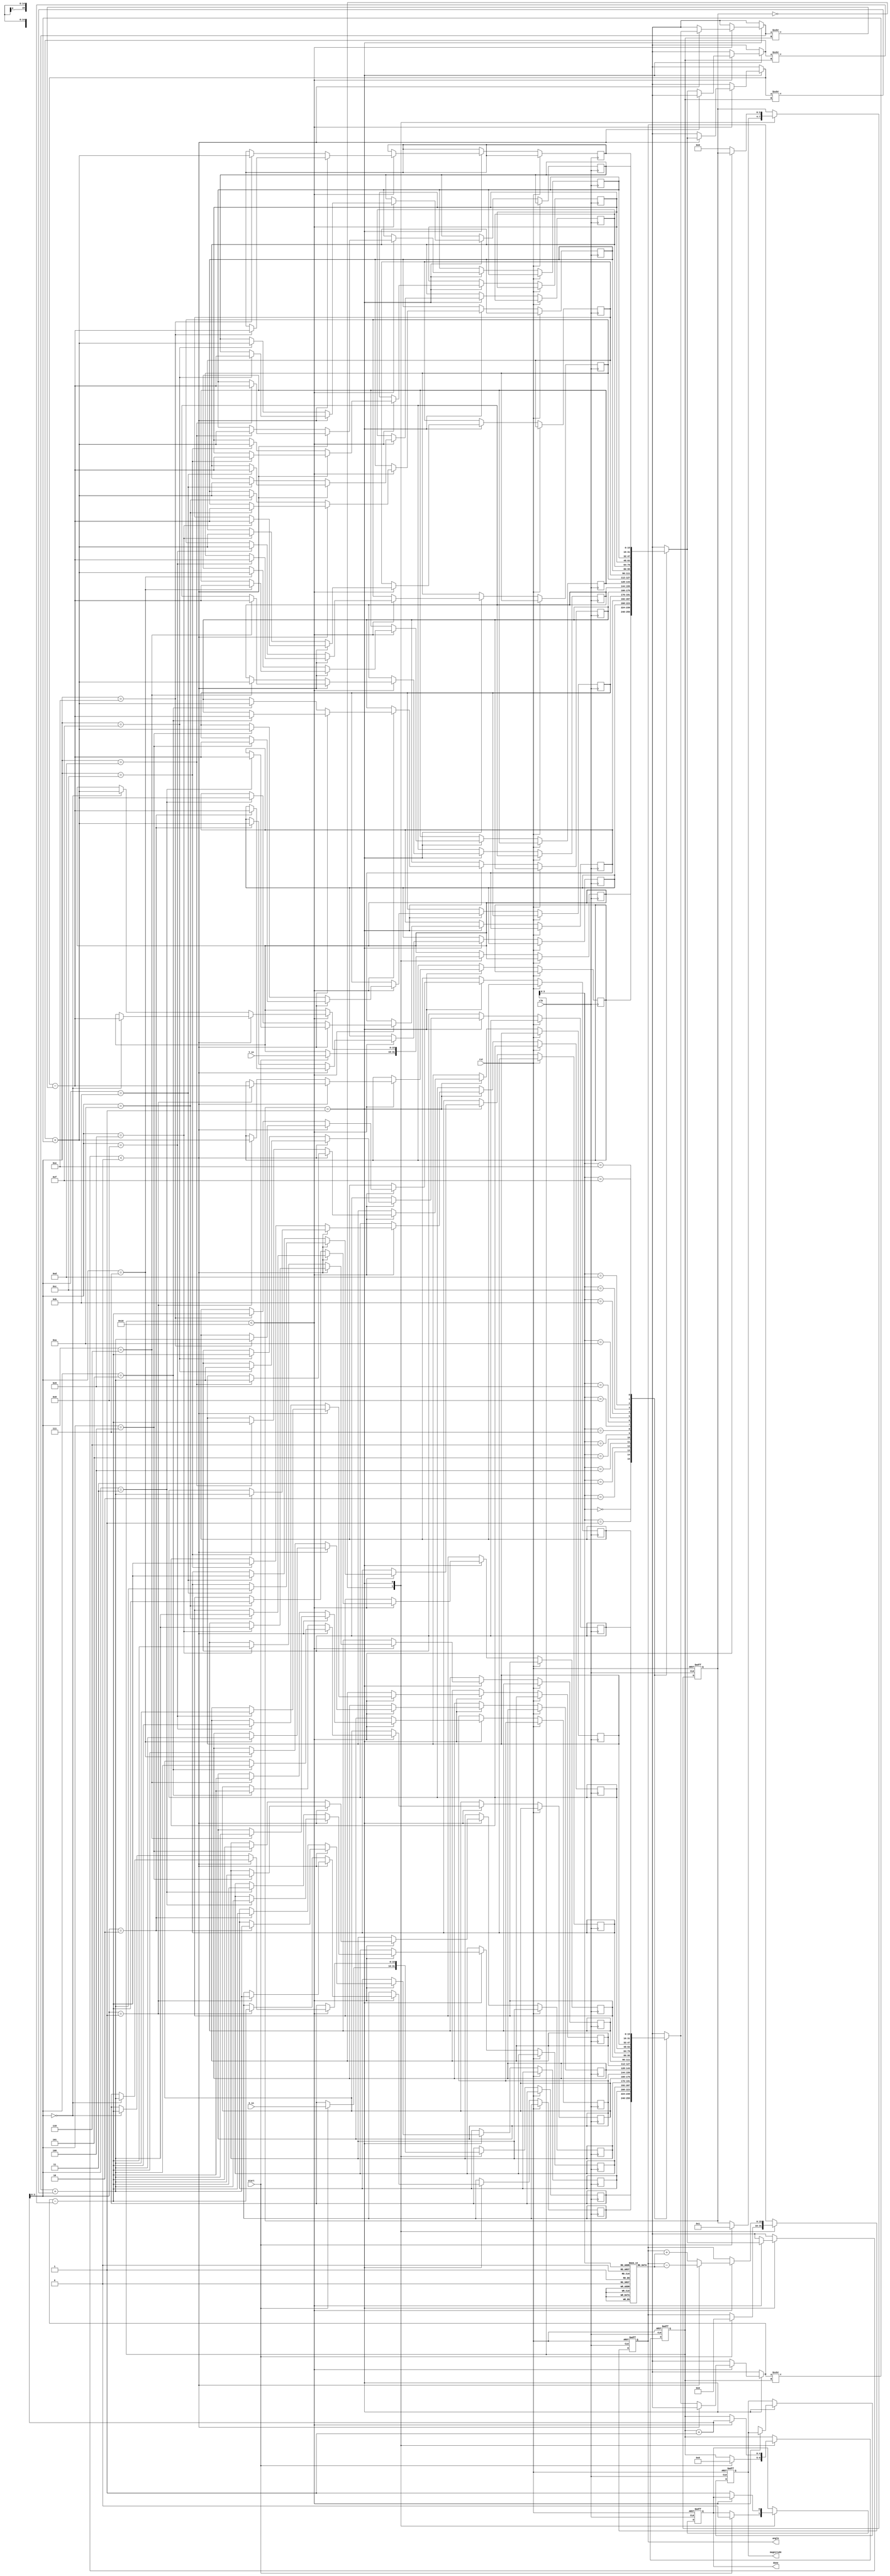
module vectoring_cordic #(
    parameter N = 16  // Number of iterations (can be adjusted)
)(
    input wire clk,
    input wire rst,
    input wire start,
    input wire signed [N-1:0] X_in,   // Input X
    input wire signed [N-1:0] Y_in,   // Input Y
    output reg signed [N-1:0] angle,   // Output angle
    output reg signed [N-1:0] magnitude,// Output magnitude
    output reg done                   // Computation done signal
);

    // CORDIC gain factor (approximate for N iterations)
    localparam [N-1:0] K = 16'hBB8C; // Gain factor (approximate for 16 iterations)
  
    reg signed [N-1:0] X [0:N-1];
    reg signed [N-1:0] Y [0:N-1];
    reg signed [N-1:0] angle_table [0:N-1];

    integer i;
    reg [3:0] state;     // State machine for control
    reg [4:0] iteration;  // Current iteration counter

    // Initialize the angle table with arctan values
    initial begin
        angle_table[0] = 16'h2000; // arctan(2^-0)
        angle_table[1] = 16'h1000; // arctan(2^-1)
        angle_table[2] = 16'h0800; // arctan(2^-2)
        angle_table[3] = 16'h0400; // arctan(2^-3)
        angle_table[4] = 16'h0200; // arctan(2^-4)
        angle_table[5] = 16'h0100; // arctan(2^-5)
        angle_table[6] = 16'h0080; // arctan(2^-6)
        angle_table[7] = 16'h0040; // arctan(2^-7)
        angle_table[8] = 16'h0020; // arctan(2^-8)
        angle_table[9] = 16'h0010; // arctan(2^-9)
        angle_table[10] = 16'h0008; // arctan(2^-10)
        angle_table[11] = 16'h0004; // arctan(2^-11)
        angle_table[12] = 16'h0002; // arctan(2^-12)
        angle_table[13] = 16'h0001; // arctan(2^-13)
        angle_table[14] = 16'h0000; // arctan(2^-14)
        angle_table[15] = 16'hFFFF; // arctan(2^-15) (negative)
    end

    // State machine for the CORDIC operation
    always @(posedge clk or posedge rst) begin
        if (rst) begin
            state <= 0;
            iteration <= 0;
            angle <= 0;
            magnitude <= 0;
            done <= 0;
        end else begin
            case (state)
                0: begin
                    // Initialization phase
                    if (start) begin
                        X[0] <= X_in;
                        Y[0] <= Y_in;
                        angle <= 0;
                        iteration <= 0;
                        state <= 1;
                        done <= 0;
                    end
                end
                1: begin
                    // CORDIC iterative processing
                    if (iteration < N) begin
                        // Determine direction of rotation
                        if (Y[iteration] < 0) begin
                            X[iteration + 1] <= X[iteration] + (Y[iteration] >>> iteration);
                            Y[iteration + 1] <= Y[iteration] - (X[iteration] >>> iteration);
                            angle <= angle - angle_table[iteration];
                        end else begin
                            X[iteration + 1] <= X[iteration] - (Y[iteration] >>> iteration);
                            Y[iteration + 1] <= Y[iteration] + (X[iteration] >>> iteration);
                            angle <= angle + angle_table[iteration];
                        end
                        iteration <= iteration + 1;
                    end else begin
                        // Finalize magnitude and angle
                        magnitude <= (X[N] * X[N] + Y[N] * Y[N]) >>> 1; // Approximation for sqrt(x^2 + y^2)
                        done <= 1;
                        state <= 0; // Return to initialization
                    end
                end
            endcase
        end
    end
endmodule